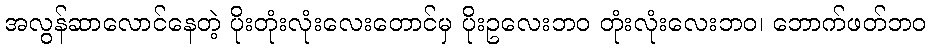
အလွန်ဆာလောင်နေတဲ့ ပိုးတုံးလုံးလေးတောင်မှ ပိုးဥလေးဘဝ တုံးလုံးလေးဘဝ၊ ဘောက်ဖတ်ဘဝ